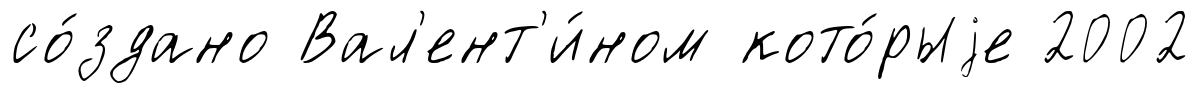
со́здано Вал'ент'и́ном кото́рыjе 2002